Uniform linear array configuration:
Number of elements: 8
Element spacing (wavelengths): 0.25
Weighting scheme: hamming
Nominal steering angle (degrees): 0
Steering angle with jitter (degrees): -0.2734
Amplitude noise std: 0.05
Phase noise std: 0.05

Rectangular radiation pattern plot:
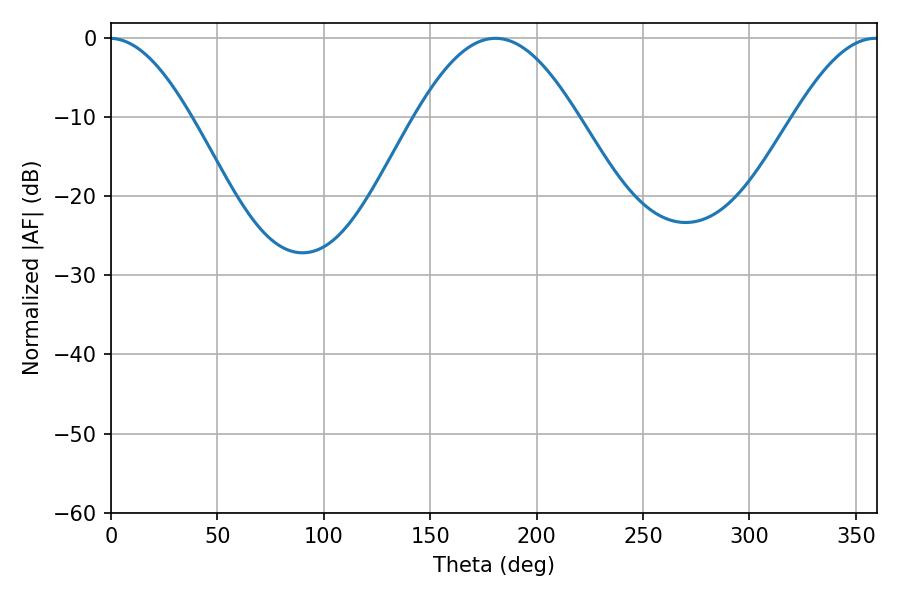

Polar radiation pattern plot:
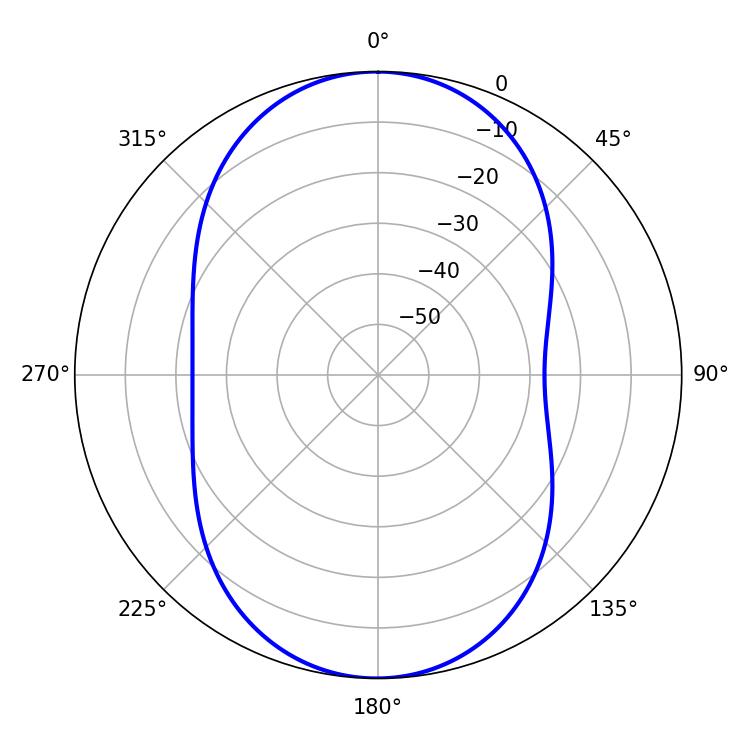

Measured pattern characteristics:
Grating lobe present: FALSE
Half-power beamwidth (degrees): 41.22
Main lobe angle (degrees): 180.72